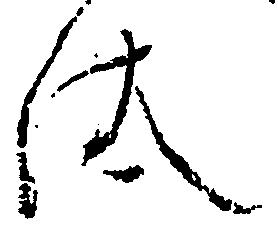
汰